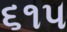
૬૧૫